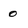
Character: 0